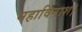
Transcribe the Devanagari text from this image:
महाविनाश।